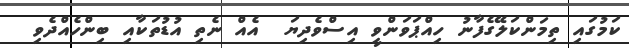
ކަމުގައި ތިމަންކަލޭގެފާނު ހިއްޕަވަންވީ އިސްވެދިޔަ  އެއް ނެތި އުޑުތަކާއި ބިންހެއްދެވި